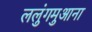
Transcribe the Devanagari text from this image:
ललुंगमुआना